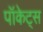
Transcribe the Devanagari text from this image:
पॉकेट्स